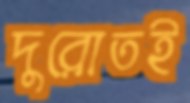
দুরোতই